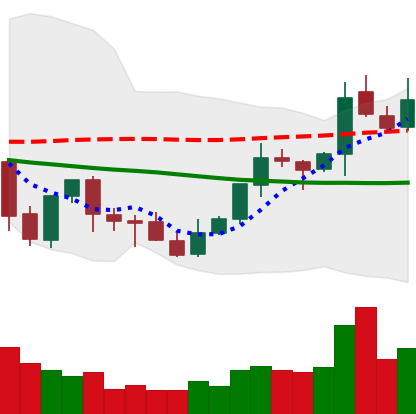
Ticker: XLM-USD
Chart end date: 2021-10-09
Forward return: 4.664%
Label: up_3_5